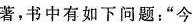
著，书中有如下问题：”今